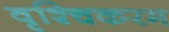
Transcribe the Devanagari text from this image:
वृश्चिकरम